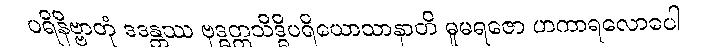
ပရိနိဗ္ဗာတုံ ဒဒန္တဿ ဗုဒ္ဓတ္တသိဒ္ဓိပရိယောသာနာတိ ဓူမရဇော ဟကာရလောပေါ